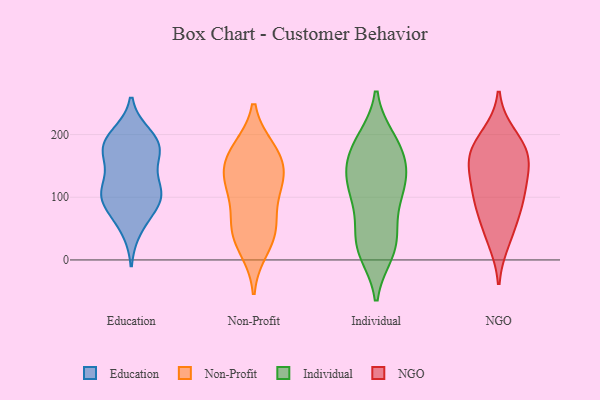
{"axis": {"x": "Humidity (%)", "y": "Value"}, "legend": ["Education", "Individual", "NGO", "Non-Profit"], "data": [{"x": "", "y": 190, "type": "Education"}, {"x": "", "y": 104, "type": "Education"}, {"x": "", "y": 173, "type": "Education"}, {"x": "", "y": 109, "type": "Education"}, {"x": "", "y": 75, "type": "Education"}, {"x": "", "y": 106, "type": "Education"}, {"x": "", "y": 102, "type": "Education"}, {"x": "", "y": 172, "type": "Education"}, {"x": "", "y": 199, "type": "Education"}, {"x": "", "y": 183, "type": "Education"}, {"x": "", "y": 96, "type": "Education"}, {"x": "", "y": 177, "type": "Education"}, {"x": "", "y": 50, "type": "Education"}, {"x": "", "y": 135, "type": "Education"}, {"x": "", "y": 165, "type": "Non-Profit"}, {"x": "", "y": 171, "type": "Non-Profit"}, {"x": "", "y": 50, "type": "Non-Profit"}, {"x": "", "y": 115, "type": "Non-Profit"}, {"x": "", "y": 19, "type": "Non-Profit"}, {"x": "", "y": 143, "type": "Non-Profit"}, {"x": "", "y": 49, "type": "Non-Profit"}, {"x": "", "y": 175, "type": "Non-Profit"}, {"x": "", "y": 117, "type": "Non-Profit"}, {"x": "", "y": 123, "type": "Non-Profit"}, {"x": "", "y": 51, "type": "Non-Profit"}, {"x": "", "y": 189, "type": "Individual"}, {"x": "", "y": 31, "type": "Individual"}, {"x": "", "y": 191, "type": "Individual"}, {"x": "", "y": 181, "type": "Individual"}, {"x": "", "y": 94, "type": "Individual"}, {"x": "", "y": 47, "type": "Individual"}, {"x": "", "y": 13, "type": "Individual"}, {"x": "", "y": 17, "type": "Individual"}, {"x": "", "y": 140, "type": "Individual"}, {"x": "", "y": 22, "type": "Individual"}, {"x": "", "y": 170, "type": "Individual"}, {"x": "", "y": 146, "type": "Individual"}, {"x": "", "y": 115, "type": "Individual"}, {"x": "", "y": 116, "type": "Individual"}, {"x": "", "y": 142, "type": "Individual"}, {"x": "", "y": 100, "type": "Individual"}, {"x": "", "y": 54, "type": "NGO"}, {"x": "", "y": 140, "type": "NGO"}, {"x": "", "y": 178, "type": "NGO"}, {"x": "", "y": 32, "type": "NGO"}, {"x": "", "y": 95, "type": "NGO"}, {"x": "", "y": 166, "type": "NGO"}, {"x": "", "y": 145, "type": "NGO"}, {"x": "", "y": 94, "type": "NGO"}, {"x": "", "y": 198, "type": "NGO"}, {"x": "", "y": 172, "type": "NGO"}, {"x": "", "y": 103, "type": "NGO"}]}